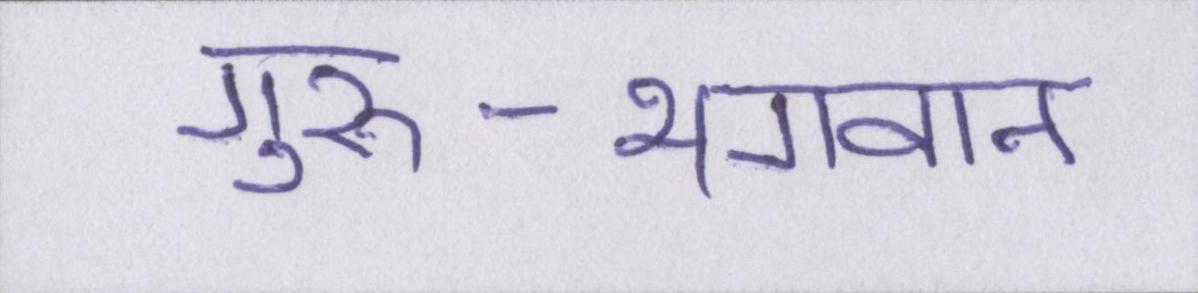
गुरु-भगवान